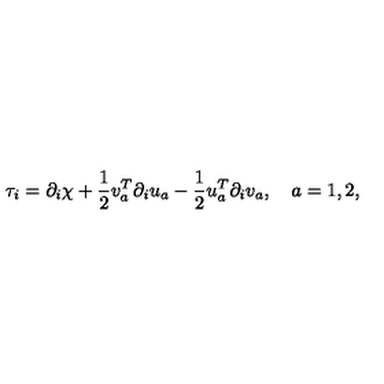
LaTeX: \tau _ { i } = \partial _ { i } \chi + \frac 1 2 v _ { a } ^ { T } \partial _ { i } u _ { a } - \frac 1 2 u _ { a } ^ { T } \partial _ { i } v _ { a } , \quad a = 1 , 2 ,